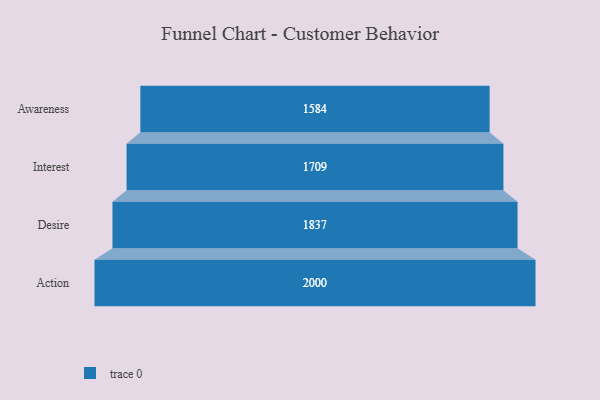
{"axis": {"x": "Stage", "y": "Value"}, "legend": [""], "data": [{"x": "Awareness", "y": 1584.0, "type": ""}, {"x": "Interest", "y": 1709.0, "type": ""}, {"x": "Desire", "y": 1837.0, "type": ""}, {"x": "Action", "y": 2000, "type": ""}]}